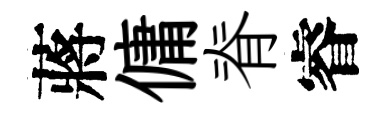
蔣傭脊睿